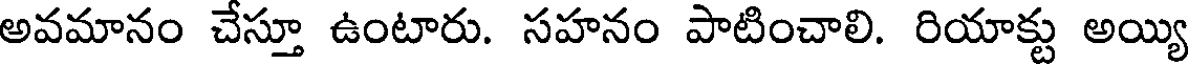
అవమానం చేస్తూ ఉంటారు. సహనం పాటించాలి. రియాక్టు అయ్యి